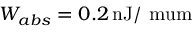
W _ { a b s } = 0 . 2 \, \mathrm { n J / \ m u m }